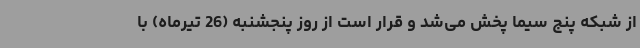
از شبکه پنج سیما پخش می‌شد و قرار است از روز پنجشنبه (26 تیرماه) با